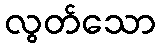
လွတ်သော